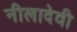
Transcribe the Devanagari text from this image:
नीलादेवी